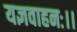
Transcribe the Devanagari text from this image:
यज्ञवाहनः।।